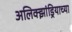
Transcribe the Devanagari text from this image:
अलिक्झांड्रियाच्या